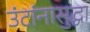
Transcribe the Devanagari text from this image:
उंटांनासुद्धा